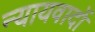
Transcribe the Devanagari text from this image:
न्यायवादों